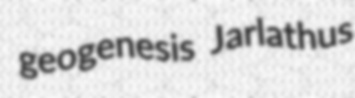
geogenesis Jarlathus